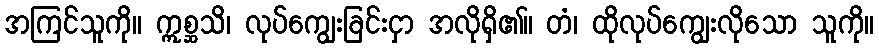
အကြင်သူကို။ ဣစ္ဆသိ၊ လုပ်ကျွေးခြင်းငှာ အလိုရှိ၏။ တံ၊ ထိုလုပ်ကျွေးလိုသော သူကို။